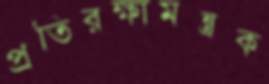
প্রতিরক্ষামন্ত্রক